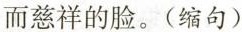
而慈祥的脸。(缩句)